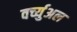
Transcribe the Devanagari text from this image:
वर्च्युअल